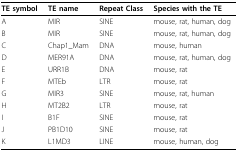
| TE symbol | TE name | Repeat Class | Species with the TE |
 | --- | --- | --- | --- |
 | A | MIR | SINE | mouse, rat, human, dog |
 | B | MIR | SINE | mouse, rat, human, dog |
 | C | Chap1_Mam | DNA | mouse, human |
 | D | MER91A | DNA | mouse, rat, human, dog |
 | E | URR1B | DNA | mouse, rat |
 | F | MTEb | LTR | mouse, rat |
 | G | MIR3 | SINE | mouse, rat, human |
 | H | MT2B2 | LTR | mouse, rat |
 | I | B1F | SINE | mouse, rat |
 | J | PB1D10 | SINE | mouse, rat |
 | K | L1MD3 | LINE | mouse, human, dog |